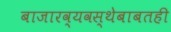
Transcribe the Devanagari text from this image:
बाजारव्यवस्थेबाबतही